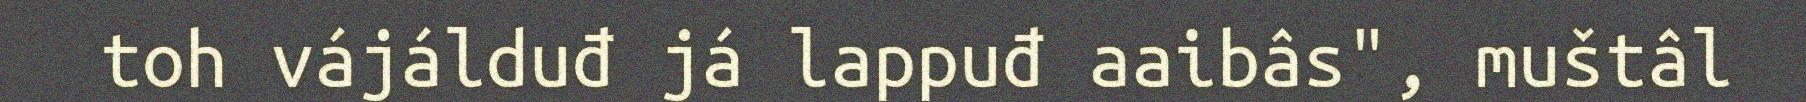
toh vájálduđ já lappuđ aaibâs", muštâl